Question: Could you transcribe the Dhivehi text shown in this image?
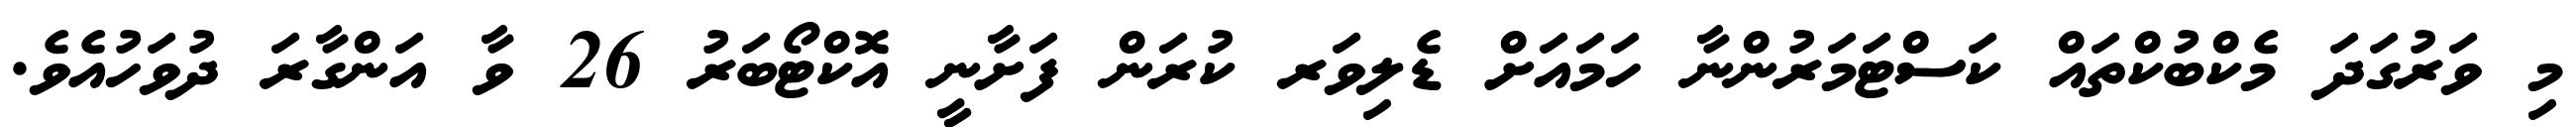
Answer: މި ވަރުގަދަ މެކްބުކްތައް ކަސްޓަމަރުންނާ ހަމައަށް ޑެލިވަރ ކުރަން ފަށާނީ އޮކްޓޯބަރު 26 ވާ އަންގާރަ ދުވަހުއެވެ.